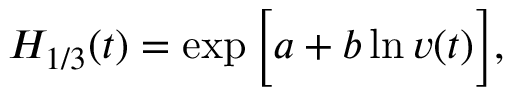
H _ { 1 / 3 } ( t ) = \exp \Big [ a + b \ln v ( t ) \Big ] ,